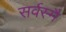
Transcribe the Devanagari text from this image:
सर्वस्मै